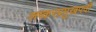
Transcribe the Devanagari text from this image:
लष्करप्रमुखपदी